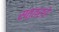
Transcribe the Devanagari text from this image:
सत्तरचे